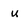
Character: u